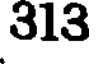
313